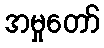
အမှုတော်